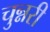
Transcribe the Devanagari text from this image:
चुन्नरी